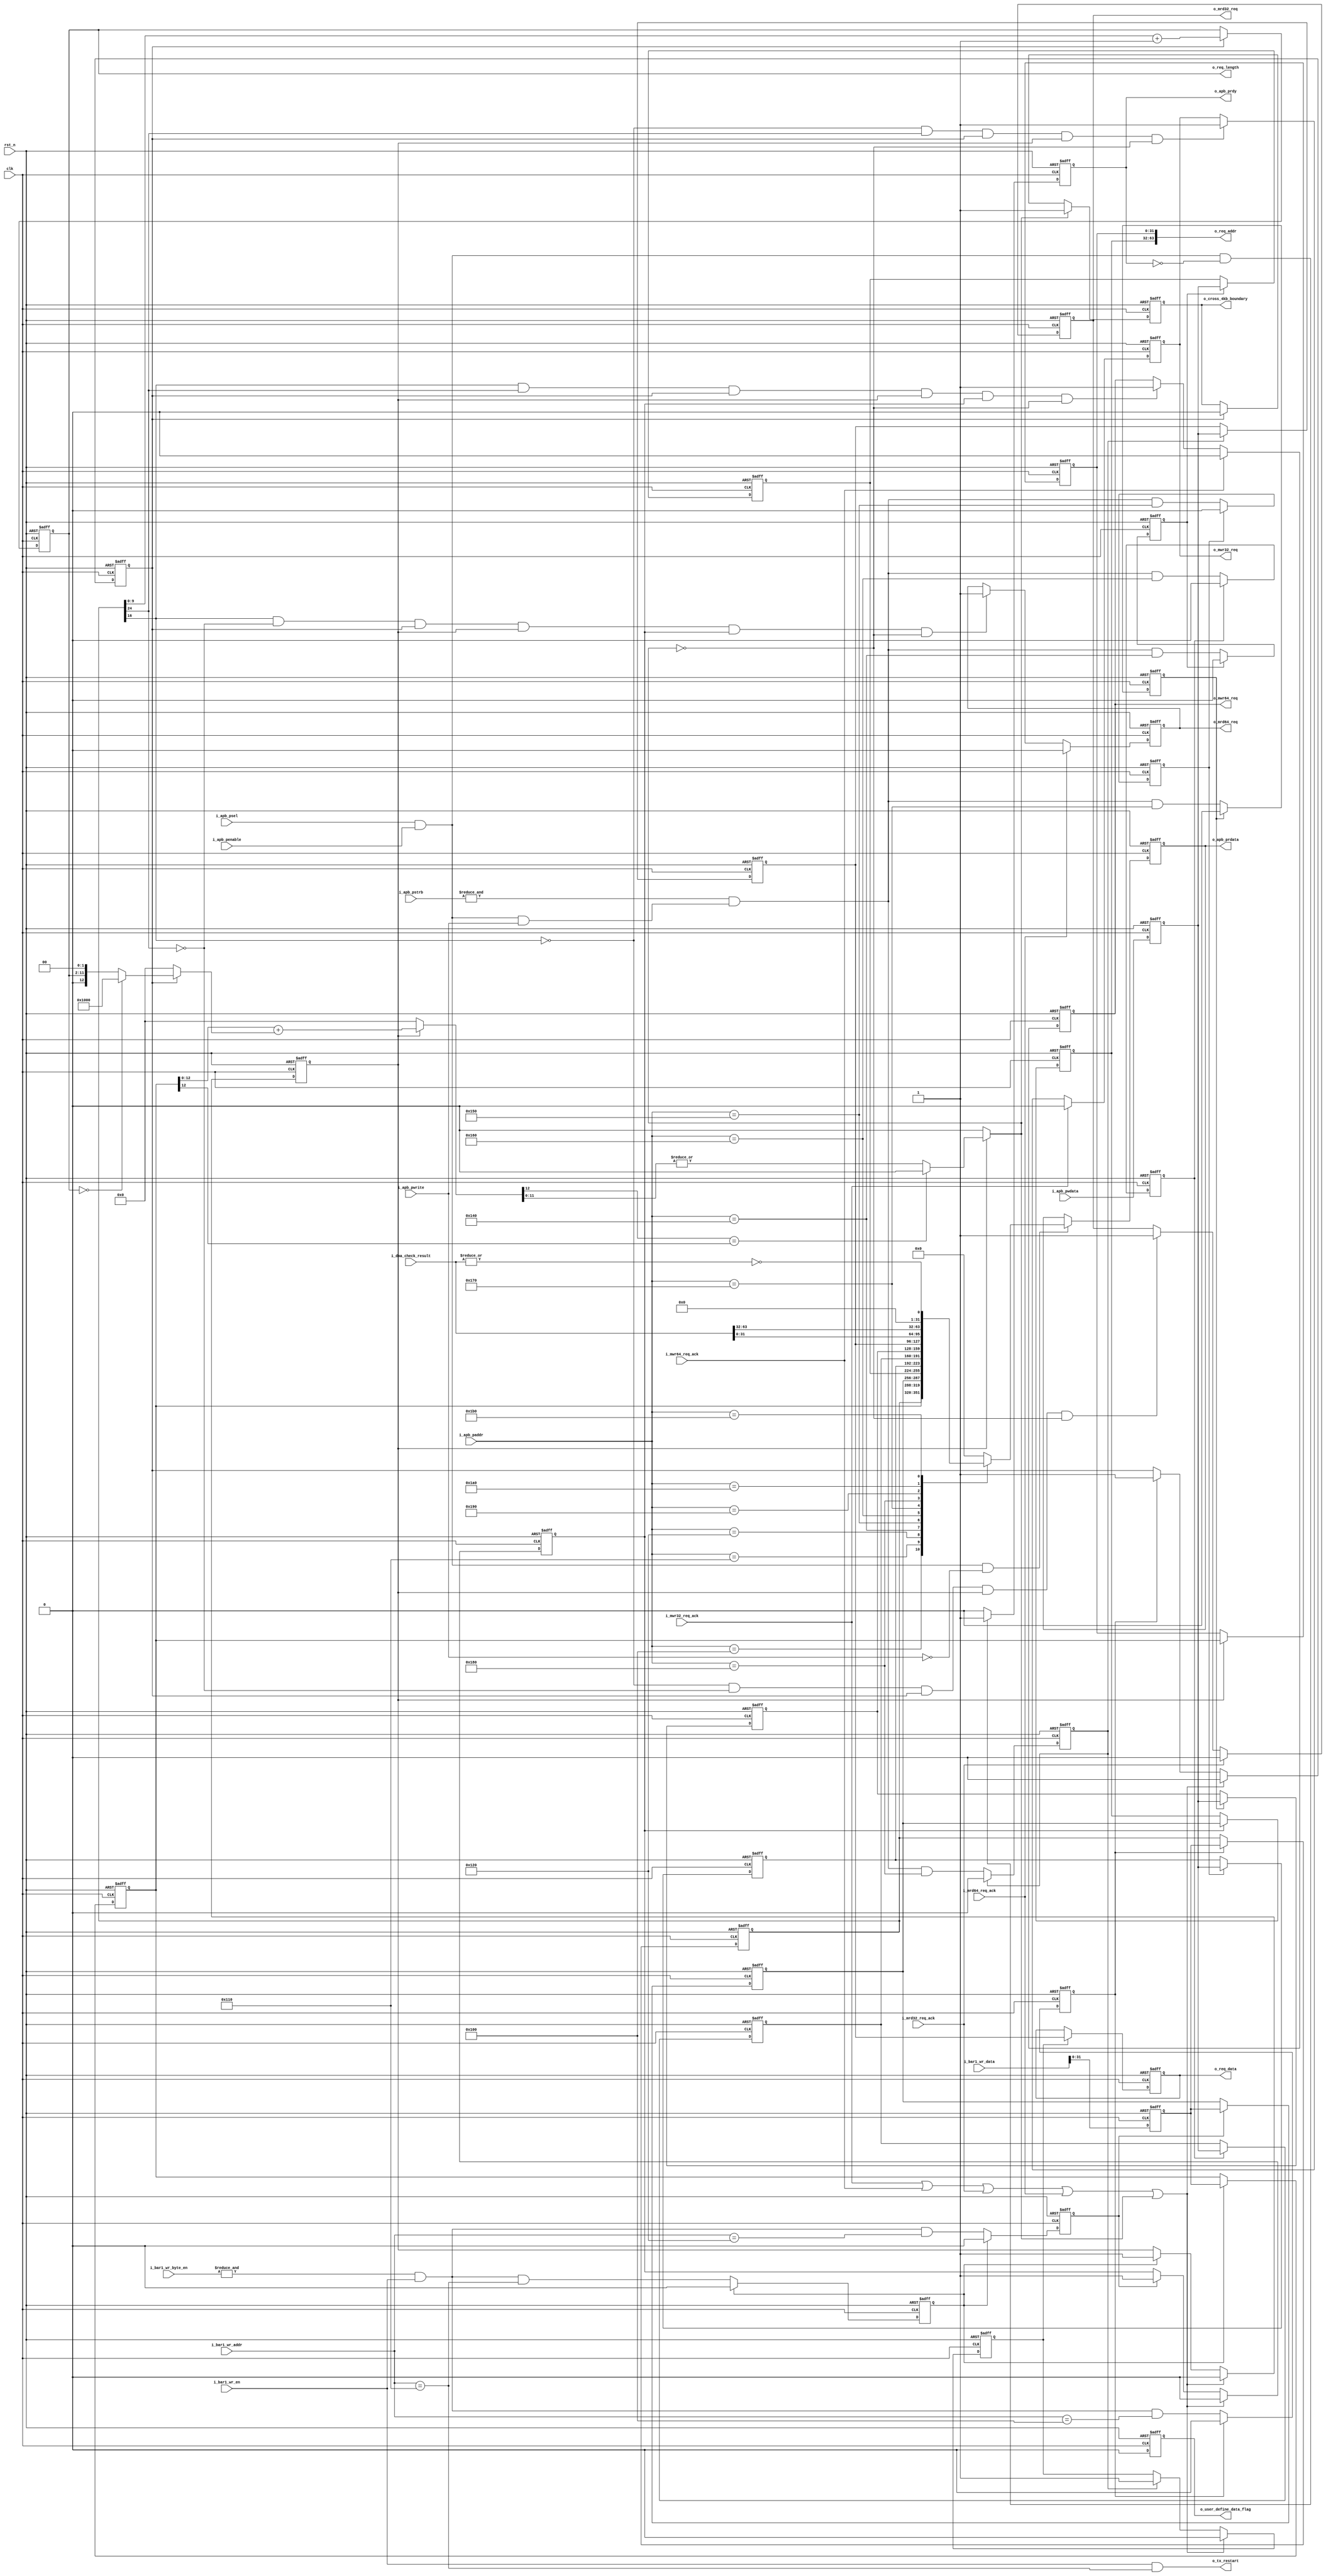
//////////////////////////////////////////////////////////////////////////////
//
// Copyright (c) 2019 PANGO MICROSYSTEMS, INC
// ALL RIGHTS REVERVED.
//
// THE SOURCE CODE CONTAINED HEREIN IS PROPRIETARY TO PANGO MICROSYSTEMS, INC.
// IT SHALL NOT BE REPRODUCED OR DISCLOSED IN WHOLE OR IN PART OR USED BY
// PARTIES WITHOUT WRITTEN AUTHORIZATION FROM THE OWNER.
//
//////////////////////////////////////////////////////////////////////////////
//
// Library:
//////////////////////////////////////////////////////////////////////////////
module ipsl_pcie_dma_controller #(
    parameter                           DEVICE_TYPE = 3'd0      ,   //3'd0:EP,3'd1:Legacy EP,3'd4:RC
    parameter                           ADDR_WIDTH  = 4'd9
)(
    input                               clk                     ,   //gen1:62.5MHz,gen2:125MHz
    input                               rst_n                   ,
    //**********************************************************************
    //bar1 wr interface
    input                               i_bar1_wr_en            ,
    input           [ADDR_WIDTH-1:0]    i_bar1_wr_addr          ,
    input           [127:0]             i_bar1_wr_data          ,
    input           [15:0]              i_bar1_wr_byte_en       ,
    //**********************************************************************
    //apb interface
    input                               i_apb_psel              ,
    input           [8:0]               i_apb_paddr             ,
    input           [31:0]              i_apb_pwdata            ,
    input           [3:0]               i_apb_pstrb             ,
    input                               i_apb_pwrite            ,
    input                               i_apb_penable           ,
    output  reg                         o_apb_prdy              ,
    output  reg     [31:0]              o_apb_prdata            ,
    //**********************************************************************
    output  reg                         o_user_define_data_flag ,

    //**********************************************************************
    //to tx
    output  reg                         o_mwr32_req             ,
    input                               i_mwr32_req_ack         ,
    output  reg                         o_mwr64_req             ,
    input                               i_mwr64_req_ack         ,

    output  reg                         o_mrd32_req             ,
    input                               i_mrd32_req_ack         ,
    output  reg                         o_mrd64_req             ,
    input                               i_mrd64_req_ack         ,
    output  reg     [9:0]               o_req_length            ,
    output  reg     [63:0]              o_req_addr              ,
    output  reg     [31:0]              o_req_data              ,

    input           [63:0]              i_dma_check_result      ,
    output  wire                        o_tx_restart            ,
    output  reg                         o_cross_4kb_boundary

);
//apb register for rc
reg     [31:0]      apb_cmd_reg;
reg     [31:0]      apb_cmd_length;
reg     [31:0]      apb_cmd_l_addr;
reg     [31:0]      apb_cmd_h_addr;
reg     [31:0]      apb_cmd_data;

reg     [31:0]      apb_pwdata;

reg                 apb_cmd_reg_vld;
reg                 apb_cmd_length_vld;
reg                 apb_cmd_l_addr_vld;
reg                 apb_cmd_h_addr_vld;
reg                 apb_cmd_data_vld;

reg                 apb_ctrl_cfg_done;
reg                 apb_length_cfg_done;
reg                 apb_l_addr_cfg_done;
reg                 apb_h_addr_cfg_done;
reg                 apb_data_cfg_done;

//mwr register for ep
reg     [31:0]      dma_cmd_reg;
reg     [31:0]      dma_cmd_l_addr;
reg     [31:0]      dma_cmd_h_addr;

reg     [31:0]      dma_wr_data;

reg                 dma_cmd_reg_vld;
reg                 dma_cmd_l_addr_vld;
reg                 dma_cmd_h_addr_vld;

reg                 dma_ctrl_cfg_done;
reg                 dma_l_addr_cfg_done;
reg                 dma_h_addr_cfg_done;

wire                user_define_data_flag;
wire                dma_32_64_addr_cmd_flag;
wire                dma_wr_rd_cmd_flag;

wire                ack_rcv;

wire                device_rc;
wire                device_ep;

wire                apb_write;
wire                apb_read;

wire                cmd_reg_cfg_done;
wire                l_addr_cfg_done;
wire                h_addr_cfg_done;

wire                mwr32_req_vld;
wire                mwr64_req_vld;
wire                mrd32_req_vld;
wire                mrd64_req_vld;

//4KB boundary
wire    [12:0]      req_l_addr;
wire    [12:0]      total_data;
wire    [12:0]      target_addr;
wire                cross_4kb_boundary;
//dma check
wire                dma_check_success;

assign device_rc = (DEVICE_TYPE == 3'b100 ) ? 1'b1 : 1'b0;
assign device_ep = (DEVICE_TYPE == 3'b000 || DEVICE_TYPE == 3'b001) ? 1'b1 : 1'b0;

//req_ack
assign ack_rcv = i_mwr32_req_ack | i_mwr64_req_ack | i_mrd32_req_ack | i_mrd64_req_ack;

//********************************************************************dma controller register*********************************************************************
//dma_wr_data
always@(posedge clk or negedge rst_n)
begin
    if(!rst_n)
        dma_wr_data <= 32'b0;
    else
        dma_wr_data <= i_bar1_wr_data[31:0];
end

//dma_cmd_reg_vld
always@(posedge clk or negedge rst_n)
begin
    if(!rst_n)
        dma_cmd_reg_vld <= 1'b0;
    else if(dma_cmd_reg_vld)
        dma_cmd_reg_vld <= 1'b0;
    else
        dma_cmd_reg_vld <= &i_bar1_wr_byte_en && i_bar1_wr_en && (i_bar1_wr_addr[8:0] == 9'h100);
end

always@(posedge clk or negedge rst_n)
begin
    if(!rst_n)
        dma_cmd_reg <= 32'd0;
    else if(dma_cmd_reg_vld)
        dma_cmd_reg <= dma_wr_data;
end

always@(posedge clk or negedge rst_n)
begin
    if(!rst_n)
        dma_ctrl_cfg_done <= 1'b0;
    else if (ack_rcv || cross_4kb_boundary)
        dma_ctrl_cfg_done <= 1'b0;
    else if(dma_cmd_reg_vld)
        dma_ctrl_cfg_done <= 1'b1;
end

//dma_cmd_l_addr
always@(posedge clk or negedge rst_n)
begin
    if(!rst_n)
        dma_cmd_l_addr_vld <= 1'b0;
    else if(dma_cmd_l_addr_vld)
        dma_cmd_l_addr_vld <= 1'b0;
    else
        dma_cmd_l_addr_vld <= &i_bar1_wr_byte_en && i_bar1_wr_en && (i_bar1_wr_addr[8:0] == 9'h110);
end

always@(posedge clk or negedge rst_n)
begin
    if(!rst_n)
        dma_cmd_l_addr <= 32'd0;
    else if(dma_cmd_l_addr_vld)
        dma_cmd_l_addr <= dma_wr_data;
end

//l_addr_cfg_done
always@(posedge clk or negedge rst_n)
begin
    if(!rst_n)
        dma_l_addr_cfg_done <= 1'b0;
    else if (ack_rcv || cross_4kb_boundary)
        dma_l_addr_cfg_done <= 1'b0;
    else if(dma_cmd_l_addr_vld)
        dma_l_addr_cfg_done <= 1'b1;
end

//dma_cmd_h_addr
always@(posedge clk or negedge rst_n)
begin
    if(!rst_n)
        dma_cmd_h_addr_vld <= 1'b0;
    else if(dma_cmd_l_addr_vld)
        dma_cmd_h_addr_vld <= 1'b0;
    else
        dma_cmd_h_addr_vld <= &i_bar1_wr_byte_en && i_bar1_wr_en && (i_bar1_wr_addr[8:0] == 9'h120);
end

always@(posedge clk or negedge rst_n)
begin
    if(!rst_n)
        dma_cmd_h_addr <= 32'd0;
    else if(dma_cmd_h_addr_vld)
        dma_cmd_h_addr <= dma_wr_data;
end

always@(posedge clk or negedge rst_n)
begin
    if(!rst_n)
        dma_h_addr_cfg_done <= 1'b0;
    else if (ack_rcv || cross_4kb_boundary)
        dma_h_addr_cfg_done <= 1'b0;
    else if(dma_cmd_h_addr_vld)
        dma_h_addr_cfg_done <= 1'b1;
end

//********************************************************************apb controller register*********************************************************************
assign apb_write = i_apb_psel && i_apb_penable && i_apb_pwrite;

always@(posedge clk or negedge rst_n)
begin
    if(!rst_n)
        apb_pwdata <= 32'b0;
    else
        apb_pwdata <= i_apb_pwdata;
end
//apb_cmd_reg for rc
always@(posedge clk or negedge rst_n)
begin
    if(!rst_n)
        apb_cmd_reg_vld <= 1'b0;
    else if(apb_cmd_reg_vld)
        apb_cmd_reg_vld <= 1'b0;
    else
        apb_cmd_reg_vld <= &i_apb_pstrb && apb_write && (i_apb_paddr == 9'h140);
end

always@(posedge clk or negedge rst_n)
begin
    if(!rst_n)
        apb_cmd_reg <= 32'd0;
    else if(apb_cmd_reg_vld)
        apb_cmd_reg <= apb_pwdata;
end

always@(posedge clk or negedge rst_n)
begin
    if(!rst_n)
        apb_ctrl_cfg_done <= 1'b0;
    else if (ack_rcv || cross_4kb_boundary)
        apb_ctrl_cfg_done <= 1'b0;
    else if(apb_cmd_reg_vld)
        apb_ctrl_cfg_done <= 1'b1;
end

//apb_cmd_length
always@(posedge clk or negedge rst_n)
begin
    if(!rst_n)
        apb_cmd_length_vld <= 1'b0;
    else if(apb_cmd_length_vld)
        apb_cmd_length_vld <= 1'b0;
    else
        apb_cmd_length_vld <= &i_apb_pstrb && apb_write && (i_apb_paddr == 9'h150);
end

always@(posedge clk or negedge rst_n)
begin
    if(!rst_n)
        apb_cmd_length <= 32'd0;
    else if(apb_cmd_length_vld)
        apb_cmd_length <= apb_pwdata;
end

always@(posedge clk or negedge rst_n)
begin
    if(!rst_n)
        apb_length_cfg_done <= 1'b0;
    else if (ack_rcv || cross_4kb_boundary)
        apb_length_cfg_done <= 1'b0;
    else if(apb_cmd_length_vld)
        apb_length_cfg_done <= 1'b1;
end

//apb_cmd_l_addr
always@(posedge clk or negedge rst_n)
begin
    if(!rst_n)
        apb_cmd_l_addr_vld <= 1'b0;
    else if(apb_cmd_l_addr_vld)
        apb_cmd_l_addr_vld <= 1'b0;
    else
        apb_cmd_l_addr_vld <= &i_apb_pstrb && apb_write && (i_apb_paddr == 9'h160);
end

always@(posedge clk or negedge rst_n)
begin
    if(!rst_n)
        apb_cmd_l_addr <= 32'd0;
    else if(apb_cmd_l_addr_vld)
        apb_cmd_l_addr <= apb_pwdata;
end

//apb_l_addr_cfg_done
always@(posedge clk or negedge rst_n)
begin
    if(!rst_n)
        apb_l_addr_cfg_done <= 1'b0;
    else if (ack_rcv || cross_4kb_boundary)
        apb_l_addr_cfg_done <= 1'b0;
    else if(apb_cmd_l_addr_vld)
        apb_l_addr_cfg_done <= 1'b1;
end

//apb_cmd_h_addr
always@(posedge clk or negedge rst_n)
begin
    if(!rst_n)
        apb_cmd_h_addr_vld <= 1'b0;
    else if(apb_cmd_h_addr_vld)
        apb_cmd_h_addr_vld <= 1'b0;
    else
        apb_cmd_h_addr_vld <= &i_apb_pstrb && apb_write && (i_apb_paddr == 9'h170);
end

always@(posedge clk or negedge rst_n)
begin
    if(!rst_n)
        apb_cmd_h_addr <= 32'd0;
    else if(apb_cmd_h_addr_vld)
        apb_cmd_h_addr <= apb_pwdata;
end

always@(posedge clk or negedge rst_n)
begin
    if(!rst_n)
        apb_h_addr_cfg_done <= 1'b0;
    else if (ack_rcv || cross_4kb_boundary)
        apb_h_addr_cfg_done <= 1'b0;
    else if(apb_cmd_h_addr_vld)
        apb_h_addr_cfg_done <= 1'b1;
end

//apb_cmd_data
always@(posedge clk or negedge rst_n)
begin
    if(!rst_n)
        apb_cmd_data_vld <= 1'b0;
    else if(apb_cmd_data_vld)
        apb_cmd_data_vld <= 1'b0;
    else
        apb_cmd_data_vld <= &i_apb_pstrb && apb_write && (i_apb_paddr == 9'h180);
end

always@(posedge clk or negedge rst_n)
begin
    if(!rst_n)
        apb_cmd_data <= 32'd0;
    else if(apb_cmd_data_vld)
        apb_cmd_data <= apb_pwdata;
end

always@(posedge clk or negedge rst_n)
begin
    if(!rst_n)
        apb_data_cfg_done <= 1'b0;
    else if (ack_rcv || cross_4kb_boundary)
        apb_data_cfg_done <= 1'b0;
    else if(apb_cmd_data_vld)
        apb_data_cfg_done <= 1'b1;
end

assign cmd_reg_cfg_done = (device_ep && dma_ctrl_cfg_done)   || (device_rc && apb_ctrl_cfg_done);

assign l_addr_cfg_done  = (device_ep && dma_l_addr_cfg_done) || (device_rc && apb_l_addr_cfg_done);

assign h_addr_cfg_done  = (device_ep && dma_h_addr_cfg_done) || (device_rc && apb_h_addr_cfg_done);
//********************************************************************req information*********************************************************************
//o_req_length
always@(posedge clk or negedge rst_n)
begin
    if(!rst_n)
        o_req_length <= 10'd0;
    else if(cmd_reg_cfg_done)
    begin
        if(device_ep)
            o_req_length <= dma_cmd_reg[9:0] + 10'h1;
        else if(device_rc && apb_length_cfg_done)
            o_req_length <= apb_cmd_length[9:0] + 10'h1;
    end
end

//o_req_addr
always@(posedge clk or negedge rst_n)
begin
    if(!rst_n)
        o_req_addr[31:0] <= 32'd0;
    else if(l_addr_cfg_done)
        if(device_ep)
            o_req_addr[31:0] <= dma_cmd_l_addr;
        else if(device_rc)
            o_req_addr[31:0] <= apb_cmd_l_addr;
end

always@(posedge clk or negedge rst_n)
begin
    if(!rst_n)
        o_req_addr[63:32] <= 32'd0;
    else if(h_addr_cfg_done)
        if(device_ep)
            o_req_addr[63:32] <= dma_cmd_h_addr;
        else if(device_rc)
            o_req_addr[63:32] <= apb_cmd_h_addr;
end

//o_req_data
always@(posedge clk or negedge rst_n)
begin
    if(!rst_n)
        o_req_data <= 32'd0;
    else if(apb_data_cfg_done)
        o_req_data[31:0]  <= apb_cmd_data;
end

//******************************************************************tx request*************************************************************************
assign user_define_data_flag     = device_rc ? apb_cmd_reg[8]  : 1'b0;  //0:use ram data; 1:use user define data
assign dma_32_64_addr_cmd_flag   = device_rc ? apb_cmd_reg[16] : (device_ep ? dma_cmd_reg[16] : 1'b0);  //0:32; 1:64;
assign dma_wr_rd_cmd_flag        = device_rc ? apb_cmd_reg[24] : (device_ep ? dma_cmd_reg[24] : 1'b0);  //0:read; 1:write;

always@(posedge clk or negedge rst_n)
begin
    if(!rst_n)
        o_user_define_data_flag <= 1'd0;
    else
        o_user_define_data_flag <= user_define_data_flag;
end

//gen req valid
assign mwr32_req_vld = !dma_32_64_addr_cmd_flag &&  dma_wr_rd_cmd_flag && cmd_reg_cfg_done && l_addr_cfg_done && !cross_4kb_boundary;
assign mwr64_req_vld =  dma_32_64_addr_cmd_flag &&  dma_wr_rd_cmd_flag && cmd_reg_cfg_done && l_addr_cfg_done && h_addr_cfg_done && !cross_4kb_boundary;
assign mrd32_req_vld = !dma_32_64_addr_cmd_flag && !dma_wr_rd_cmd_flag && cmd_reg_cfg_done && l_addr_cfg_done && !cross_4kb_boundary;
assign mrd64_req_vld =  dma_32_64_addr_cmd_flag && !dma_wr_rd_cmd_flag && cmd_reg_cfg_done && l_addr_cfg_done && h_addr_cfg_done && !cross_4kb_boundary;

//mwr_32_req
always@(posedge clk or negedge rst_n)
begin
    if(!rst_n)
        o_mwr32_req <= 1'b0;
    else if(i_mwr32_req_ack)
        o_mwr32_req <= 1'b0;
    else if(mwr32_req_vld)
    begin
        if(!user_define_data_flag)
            o_mwr32_req  <= 1'b1;
        else if(apb_data_cfg_done)
            o_mwr32_req  <= 1'b1;
        else
            o_mwr32_req  <= 1'b0;
    end
end

//mwr_64_req
always@(posedge clk or negedge rst_n)
begin
    if(!rst_n)
        o_mwr64_req <= 1'b0;
    else if(i_mwr64_req_ack)
        o_mwr64_req <= 1'b0;
    else if(mwr64_req_vld)
    begin
        if(!user_define_data_flag)
            o_mwr64_req  <= 1'b1;
        else if(apb_data_cfg_done)
            o_mwr64_req  <= 1'b1;
        else
            o_mwr64_req  <= 1'b0;
    end
end
//mrd_32_req
always@(posedge clk or negedge rst_n)
begin
    if(!rst_n)
        o_mrd32_req <= 1'b0;
    else if(i_mrd32_req_ack)
        o_mrd32_req <= 1'b0;
    else if(mrd32_req_vld)
        o_mrd32_req  <= 1'b1;
end

//mrd_64_req
always@(posedge clk or negedge rst_n)
begin
    if(!rst_n)
        o_mrd64_req <= 1'b0;
    else if(i_mrd64_req_ack)
        o_mrd64_req <= 1'b0;
    else if(mrd64_req_vld)
        o_mrd64_req  <= 1'b1;
end

//**********************************************************************apb_read***************************************************************************
assign apb_read  = i_apb_psel && i_apb_penable && ~i_apb_pwrite ;

assign dma_check_success = ~(|i_dma_check_result);

always@(posedge clk or negedge rst_n)
begin
    if(!rst_n)
        o_apb_prdata <= 32'd0;
    else if(apb_read)
        case(i_apb_paddr)
            9'h100: o_apb_prdata <= dma_cmd_reg;
            9'h110: o_apb_prdata <= dma_cmd_l_addr;
            9'h120: o_apb_prdata <= dma_cmd_h_addr;
            9'h140: o_apb_prdata <= apb_cmd_reg;
            9'h150: o_apb_prdata <= {22'b0,apb_cmd_length};
            9'h160: o_apb_prdata <= apb_cmd_l_addr;
            9'h170: o_apb_prdata <= apb_cmd_h_addr;
            9'h180: o_apb_prdata <= apb_cmd_data;
            9'h190: o_apb_prdata <= i_dma_check_result[31:0];
            9'h1A0: o_apb_prdata <= i_dma_check_result[63:32];
            9'h1B0: o_apb_prdata <= {31'b0,dma_check_success};
            default: o_apb_prdata <= 32'd0;
        endcase
end
//apb_rdy
always@(posedge clk or negedge rst_n)
begin
    if(!rst_n)
        o_apb_prdy <= 1'b0;
    else if(i_apb_psel && i_apb_penable && !o_apb_prdy)
        o_apb_prdy <= 1'b1;
    else
        o_apb_prdy <= 1'b0;
end

assign o_tx_restart = i_bar1_wr_en && (i_bar1_wr_addr[8:0] == 9'h110);

//detect 4-KB boundary
assign req_l_addr = device_rc ? apb_cmd_l_addr[12:0] : dma_cmd_l_addr[12:0];

assign total_data   = ~((device_rc && apb_length_cfg_done) || (device_ep && dma_ctrl_cfg_done)) ? 13'd0 :
                        (o_req_length[9:0] == 10'b0) ? 13'h1000 : {1'b0,o_req_length[9:0],2'b0}; //total byte data

assign target_addr  = ~l_addr_cfg_done ? 13'd0 : (req_l_addr[12:0] + total_data);

assign cross_4kb_boundary = ~l_addr_cfg_done ? 1'b0 :
                            (target_addr[12] == req_l_addr[12]) ? 1'b0 : |target_addr[11:0];

//4-KB boundary flag
always@(posedge clk or negedge rst_n)
begin
    if(!rst_n)
        o_cross_4kb_boundary <= 1'b0;
    else if(cross_4kb_boundary)
        o_cross_4kb_boundary <= 1'b1;
    else if(cmd_reg_cfg_done)
        o_cross_4kb_boundary <= 1'b0;
end

endmodule